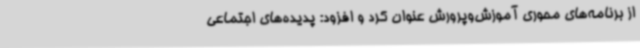
از برنامه‌های محوری آموزش‌وپرورش عنوان کرد و افزود: پدیده‌های اجتماعی